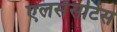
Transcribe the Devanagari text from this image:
एलसेसटिस